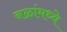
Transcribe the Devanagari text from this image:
नळांमध्ये